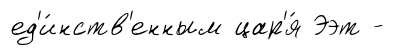
ед'и́нств'енным цар'я́ Ээт -